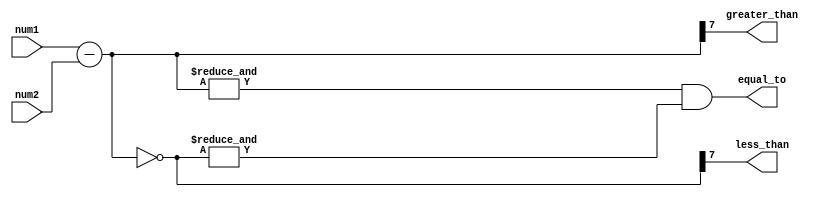
module magnitude_comparator(
    input [7:0] num1,
    input [7:0] num2,
    output greater_than,
    output less_than,
    output equal_to
);

wire [7:0] diff;
wire [7:0] inverted_diff;

assign diff = num1 - num2;
assign inverted_diff = ~diff;

assign greater_than = diff[7];
assign less_than = inverted_diff[7];
assign equal_to = (&diff) & (&inverted_diff);

endmodule